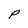
Character: P